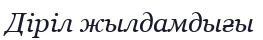
Діріл жылдамдығы